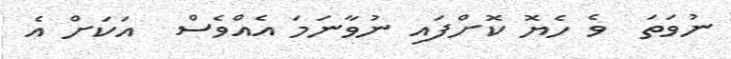
ނުވަތަ  ވެ ހެޔޮ ކޮށްފައި ނުވާނަމަ އެއްވެސް  އަކަށް އެ